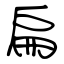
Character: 扁